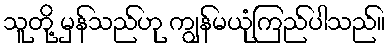
သူတို့ မှန်သည်ဟု ကျွန်မယုံကြည်ပါသည်။